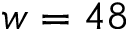
w = 4 8